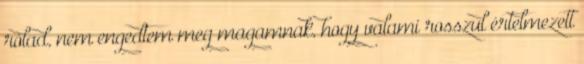
rólad, nem engedtem meg magamnak, hogy valami rosszul értelmezett